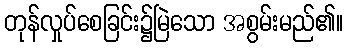
တုန်လှုပ်စေခြင်း၌မြဲသော အစွမ်းမည်၏။